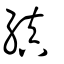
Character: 縝